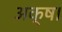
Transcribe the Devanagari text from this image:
अक्ष।